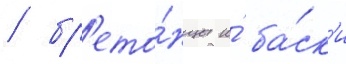
/ бр'ето́нцы и́ ба́ск'и